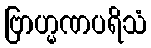
ဗြာဟ္မဏပရိသံ